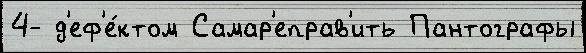
4- д'еф'е́ктом Самар'еправ'ить Пантографы